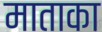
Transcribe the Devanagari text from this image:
माताका